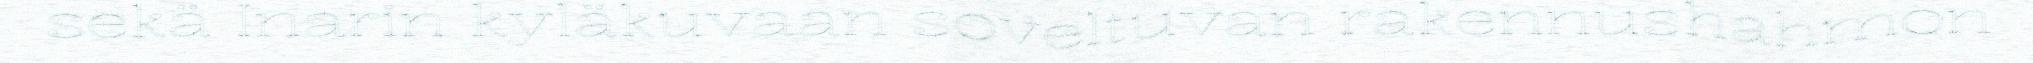
sekä Inarin kyläkuvaan soveltuvan rakennushahmon